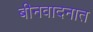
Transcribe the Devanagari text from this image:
बीनवादनात